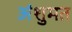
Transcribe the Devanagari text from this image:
अंशुमत